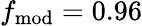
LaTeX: f_{\mathrm{mod}}=0.96